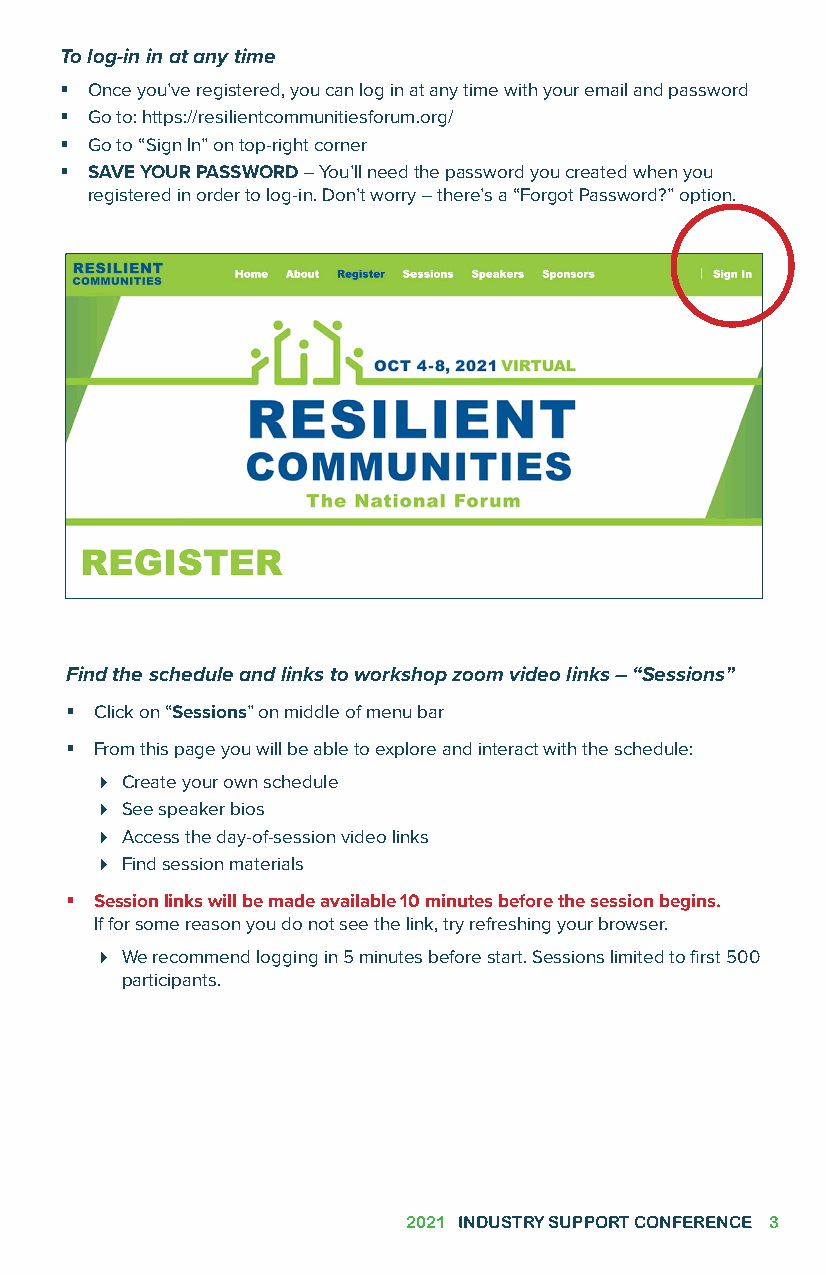
To log-in in at any time
  Once you’ve registered, you can log in at any time with your email and password
  Go to: https://resilientcommunitiesforum.org/
  Go to “Sign In” on top-right corner
  SAVE YOUR PASSWORD – You’ll need the password you created when you
 registered in order to log-in. Don’t worry – there’s a “Forgot Password?” option.
 Find the schedule and links to workshop zoom video links – “Sessions”
  Click on “Sessions” on middle of menu bar
  From this page you will be able to explore and interact with the schedule:
  Create your own schedule
  See speaker bios
  Access the day-of-session video links
  Find session materials
  Session links will be made available 10 minutes before the session begins.
 If for some reason you do not see the link, try refreshing your browser.
  We recommend logging in 5 minutes before start. Sessions limited to first 500
 participants.
 2021 INDUSTRY SUPPORT CONFERENCE 3